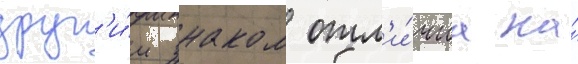
друг'и́м знаком отл'и́чиа на́